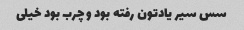
سس سیر یادتون رفته بود و چرب بود خیلی